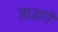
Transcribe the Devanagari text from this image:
जाआगे